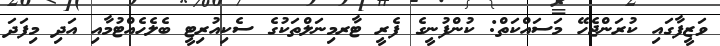
ވަޒީފާގައި ކުރަންޖެހޭ މަސައްކަތް: ކުންފުނީގެ ފެރީ ޓާރމިނަލްތަކުގެ ސެކިއުރިޓީ ބެލެހެއްޓުމާއި އަދި މިފަދަ